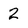
Character: 2